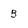
Character: b